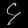
Digit: ၄